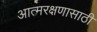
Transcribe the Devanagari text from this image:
आत्मरक्षणासाठी